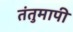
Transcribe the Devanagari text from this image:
तंतुमापी